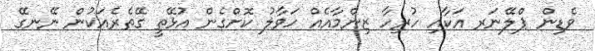
ވެޑިން ޕްލޭނަރ އަކާއި ހުރިހާ ޒިންމާއެއް ހަވާލު ކޮށްގެން އުޅޭތީ ގޭތެރެއަކުން ނޭނގޭ